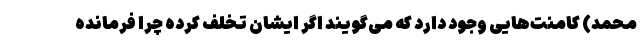
محمد) کامنت‌هایی وجود دارد که می‌گویند اگر ایشان تخلف کرده چرا فرمانده